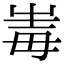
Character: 𡹆